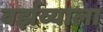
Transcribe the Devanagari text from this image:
वर्झव्याला